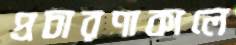
প্রচারণাকালে